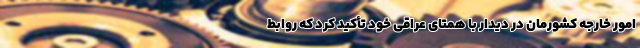
امور خارجه کشورمان در دیدار با همتای عراقی خود تأکید کرد که روابط